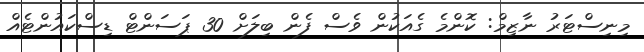
މިނިސްޓަރު ނާޒިމް: ކޮންމެ ގެއަކުން ވެސް ފެން ބިލަށް 30 ޕަސަންޓް ޑިސްކައުންޓެއް